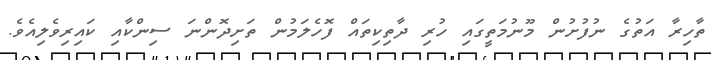
ތާހިރާ އަތުގެ ނުފުށުން މޫނުމަތީގައި ހުރި ދާތިކިތައް ފޮހެލަމުން ތަށިދޮންނަ ސިންކާއި ކައިރިވެލިއެވެ.